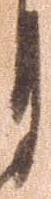
月